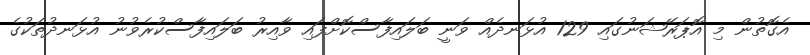
އެގޮތުން މި އޮޕަރޭޝަނުގައި 129 އުޅަނދެއް ވަނީ ބަލައިފާސްކޮށްފައި ވާއިރު ބަލައިފާސްކުރެވުނު އުޅަނދުތަކުގެ